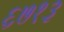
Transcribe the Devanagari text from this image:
६७१३